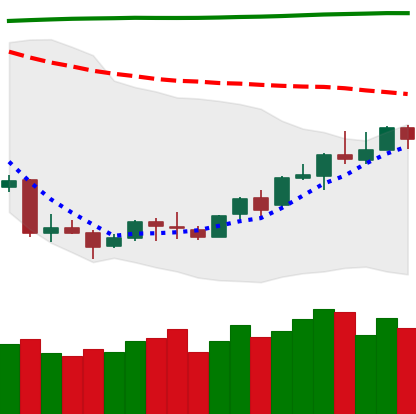
Ticker: LINK-USD
Chart end date: 2018-04-16
Forward return: 19.976%
Label: up_7plus